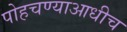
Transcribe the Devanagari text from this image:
पोहचण्याआधीच